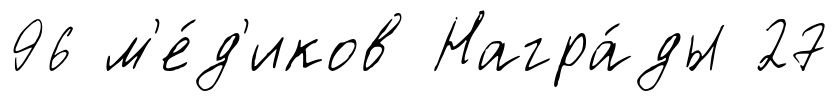
96 м'е́д'иков Награ́ды 27